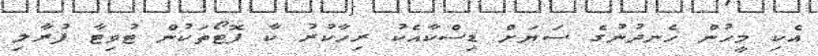
އެކި މީހުން ހެނދުނުގެ ސަޔަށް ޑިސްކާއެކު ރިހާކުރު ކާ ފޮޓޯތަކުން ޓުވިޓާ ފުރާލި